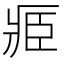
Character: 𮍎